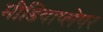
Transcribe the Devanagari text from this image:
मीडियाप्लेयर